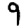
Digit: 9